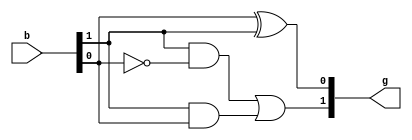
module bintogray(output [1:0]g,input [1:0]b);

assign g[0] = b[0]^b[1];
assign g[1] = b[1]&(~b[0])|b[1]&b[0];

endmodule